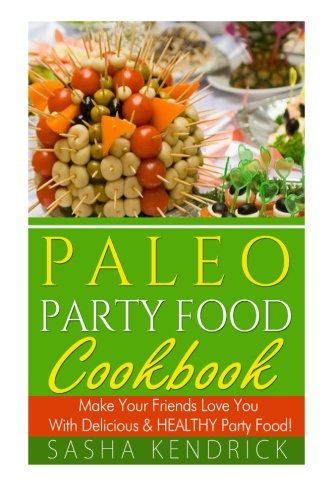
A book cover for Paleo Party Food Cookbook: Make Your Friends Love You With Delicious & Healthy Party Food!; Sasha Kendrick; Cookbooks, Food & Wine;